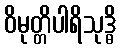
ဝိမုတ္တိပါရိသုဒ္ဓိ